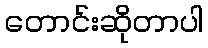
တောင်းဆိုတာပါ